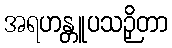
အရဟန္တူပသဉှိတာ